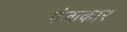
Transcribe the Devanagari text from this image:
पंजाकार